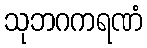
သုဘဂကရဏံ